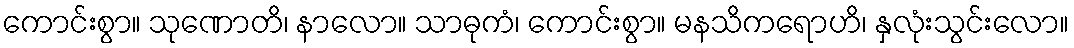
ကောင်းစွာ။ သုဏောတိ၊ နာလော။ သာဓုကံ၊ ကောင်းစွာ။ မနသိကရောဟိ၊ နှလုံးသွင်းလော။